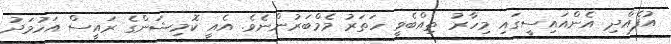
އުފެއްދި އެންއައިސީގައި މިހާރު ތިއްބެވީ ހަތަރު މެމްބަރުންނެވެ. އެއީ ކޮމިޝަންގެ ރައީސް އަހުމަދު